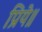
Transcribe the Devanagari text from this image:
प्रिये॥